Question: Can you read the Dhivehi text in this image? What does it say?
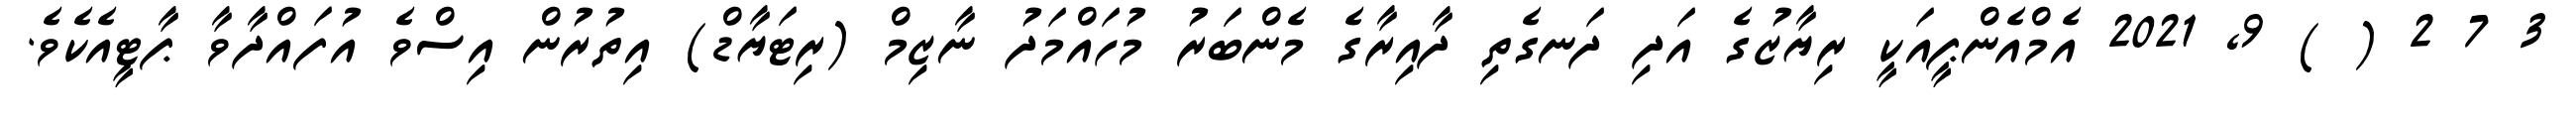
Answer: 3 7 2 ( ) 9, 2021 އެމްއެންޕީއަކީ ރިޔާޒުގެ އަދި ދަނގެތި ދާއިރާގެ މެންބަރު މުހައްމަދު ނާޒިމް (ރިޓަޔާޑް) އިތުރުން އިސްވެ އުފައްދާވާ ޕާޓީއެކެވެ.